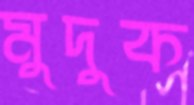
মুদুক